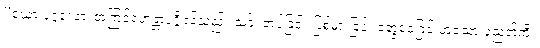
“ယော ပုဂ္ဂလော၊ အကြင်ရဟန္တာပုဂ္ဂိုလ်သည်။ သင်္ခံ၊ တပ်ခြင်း ပြစ်မှားခြင်း တွေဝေခြင်းဟူသော ပညတ်ကို။